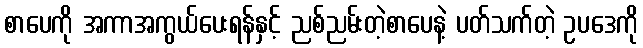
စာပေကို အကာအကွယ်ပေးရန်နှင့် ညစ်ညမ်းတဲ့စာပေနဲ့ ပတ်သက်တဲ့ ဥပဒေကို